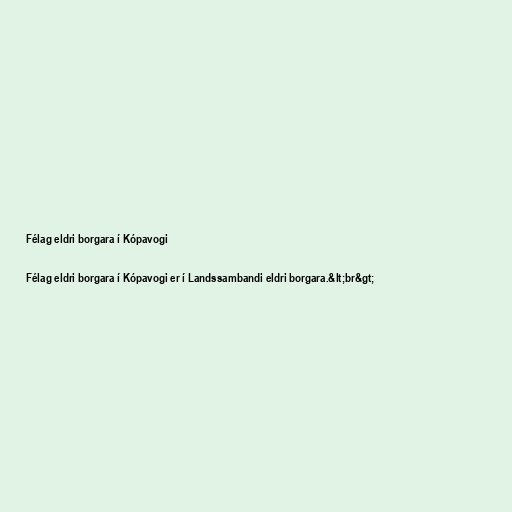
Félag eldri borgara í Kópavogi

Félag eldri borgara í Kópavogi er í Landssambandi eldri borgara.&lt;br&gt;